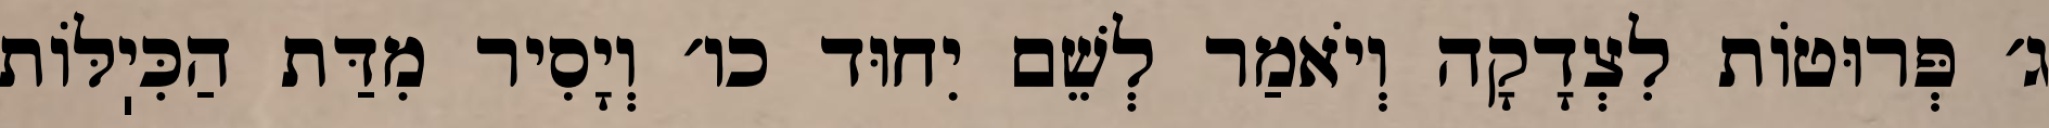
ג׳ פְּרוּטוֹת לִצְדָקָה וְיֹאמַר לְשֵׁם יִחוּד כו׳ וְיָסִיר מִדַּת הַכִּיֽלּוֹת